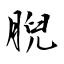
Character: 腉